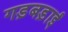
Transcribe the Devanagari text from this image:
गड़बड़ाई